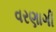
વરણાગી